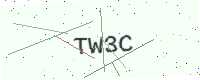
Text: TW3C